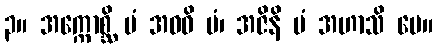
၃။ အက္ကောစ္ဆိ မံ အဝဓိ မံ၊ အဇိနိ မံ အဟာသိ မေ။